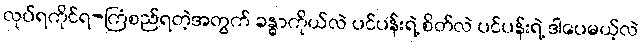
လုပ်ရကိုင်ရ-ကြံစည်ရတဲ့အတွက် ခန္ဓာကိုယ်လဲ ပင်ပန်းရဲ့ စိတ်လဲ ပင်ပန်းရဲ့ ဒါပေမယ့်လဲ